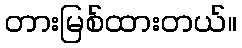
တားမြစ်ထားတယ်။